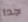
جدا